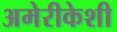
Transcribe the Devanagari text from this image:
अमेरीकेशी